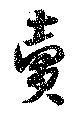
売